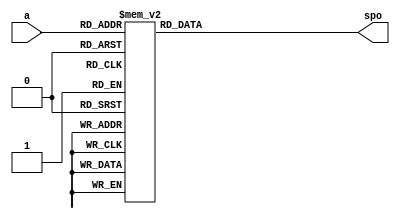
module squarer_mod2_hdl(
		input [4:0] a,
		output [6:0] spo
);

  // reg [5:0] output_reg; // LM: error! output reg requires 7 bits
 reg [6:0] output_reg; 
	always @(a) begin
		case (a)
			5'd0:	output_reg <=  7'b0000010;
			5'd1: output_reg <=  7'b0000110;
			5'd2: output_reg <=  7'b0001100;
			5'd3: output_reg <=  7'b0010100;
			5'd4: output_reg <=  7'b0011110;
			5'd5: output_reg <=  7'b0101010;
			5'd6: output_reg <=  7'b0111000;
			5'd7: output_reg <=  7'b1001000;
			5'd8: output_reg <=  7'b1011010;
			5'd9: output_reg <=  7'b1101110;
			5'd10: output_reg <= 7'b1111111;
			5'd11: output_reg <= 7'b1111111;
			5'd12: output_reg <= 7'b1111111;
			5'd13: output_reg <= 7'b1111111;
			5'd14: output_reg <= 7'b1111111;
			5'd15: output_reg <= 7'b1111111;
			5'd16: output_reg <= 7'b1111111;
			5'd17: output_reg <= 7'b1111111;
			5'd18: output_reg <= 7'b1111111;
			5'd19: output_reg <= 7'b1111111;
			5'd20: output_reg <= 7'b1101110;
			5'd21: output_reg <= 7'b1011010;
			5'd22: output_reg <= 7'b1001000;
			5'd23: output_reg <= 7'b0111000;
			5'd24: output_reg <= 7'b0101010;
			5'd25: output_reg <= 7'b0011110;
			5'd26: output_reg <= 7'b0010100;
			5'd27: output_reg <= 7'b0001100;
			5'd28: output_reg <= 7'b0000110;
			5'd29: output_reg <= 7'b0000010;
			5'd30: output_reg <= 7'b0000000;
			5'd31: output_reg <= 7'b0000000;
		endcase
	end
	assign spo = output_reg;
endmodule